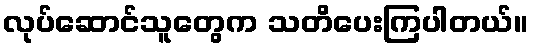
လုပ်ဆောင်သူတွေက သတိပေးကြပါတယ်။